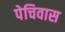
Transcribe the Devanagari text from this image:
पेचिवास